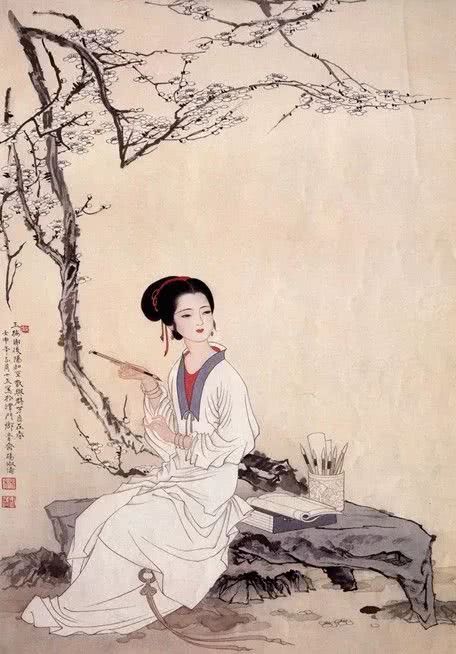
尽道有些堪恨处，无情，任是无情也动人。